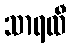
သာရထီ